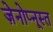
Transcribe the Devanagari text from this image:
ज़ेनोप्नूस्त